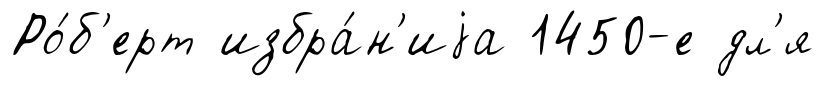
Ро́б'ерт избра́н'иjа 1450-е дл'я